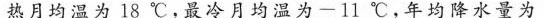
热月均温为18℃，最冷月均温为-11℃，年均降水量为